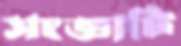
সংজ্ঞাটি